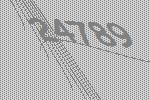
24789